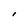
Character: I